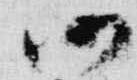
仍